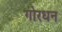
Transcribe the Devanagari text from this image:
गोरधन